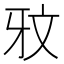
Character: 𭷏